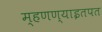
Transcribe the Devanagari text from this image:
म्हणण्याइतपत